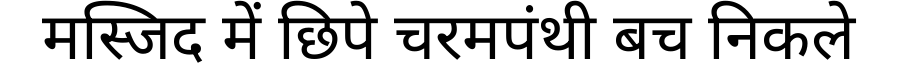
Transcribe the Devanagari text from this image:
मस्जिद में छिपे चरमपंथी बच निकले